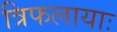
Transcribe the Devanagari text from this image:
त्रिफलायाः